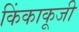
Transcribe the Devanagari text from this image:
किंकाकूजी